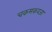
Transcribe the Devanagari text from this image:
चकमकवजा